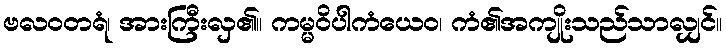
ဗလဝတရံ၊ အားကြီးလှ၏။ ကမ္မဝိပါကံယေဝ၊ ကံ၏အကျိုးသည်သာလျှင်။